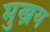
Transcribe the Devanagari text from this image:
मुख्रय